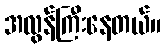
အလွန်ကြီးနေတယ်။